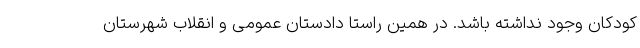
کودکان وجود نداشته باشد. در همین راستا دادستان عمومی و انقلاب شهرستان